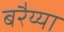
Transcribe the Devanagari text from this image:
बरैय्या